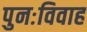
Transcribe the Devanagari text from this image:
पुनःविवाह